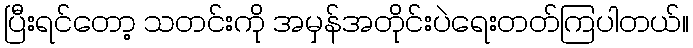
ပြီးရင်တော့ သတင်းကို အမှန်အတိုင်းပဲရေးတတ်ကြပါတယ်။